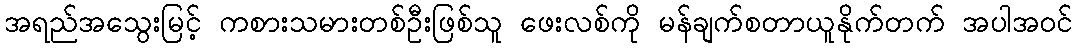
အရည်အသွေးမြင့် ကစားသမားတစ်ဦးဖြစ်သူ ဖေးလစ်ကို မန်ချက်စတာယူနိုက်တက် အပါအဝင်